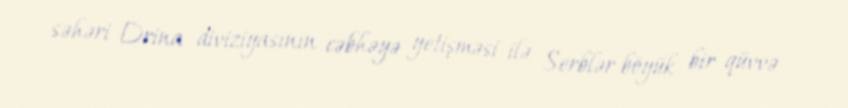
səhəri Drina diviziyasının cəbhəyə yetişməsi ilə Serblər böyük bir qüvvə